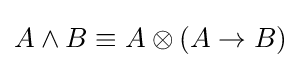
A\wedge B\equiv A\otimes (A\rightarrow B)